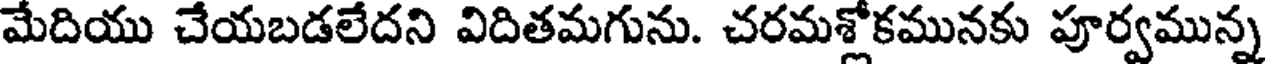
మేదియు చేయబడలేదని విదితమగును. చరమశ్లోకమునకు పూర్వమున్న